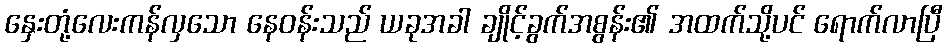
နှေးတုံ့လေးကန်လှသော နေဝန်းသည် ယခုအခါ ချိုင့်ခွက်အစွန်း၏ အထက်သို့ပင် ရောက်လာပြီ